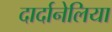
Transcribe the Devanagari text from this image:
दार्दानेलिया